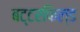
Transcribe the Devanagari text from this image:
बट्टरफिल्ड